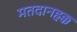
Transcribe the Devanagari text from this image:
मतदानहक्क